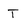
Character: T